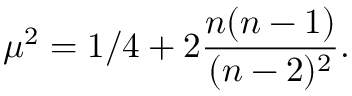
\mu ^ { 2 } = 1 / 4 + 2 { \frac { n ( n - 1 ) } { ( n - 2 ) ^ { 2 } } } .